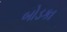
બોડકા